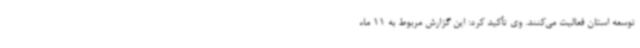
توسعه استان فعالیت می‌کنند. وی تأکید کرد: این گزارش مربوط به 11 ماه